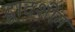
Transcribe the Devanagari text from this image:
द्वादशीम